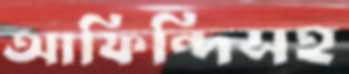
আফিন্দিসহ